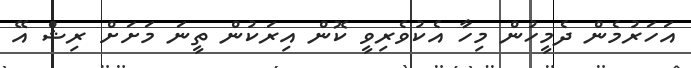
އަހަރުމެން ދެމީހުން މިހާ އެކުވެރިވީ ކޮން އިރަކުން ތީނަ މަށަށް ރިޝް އޭ